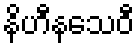
နိဟီနသေဝီ